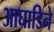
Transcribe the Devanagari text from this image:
आघाडिने